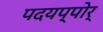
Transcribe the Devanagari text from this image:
पदयप्पोर्